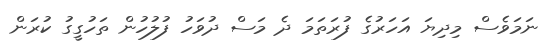
ނަމަވެސް މިދިޔަ އަހަރުގެ ފުރަތަމަ ދެ މަސް ދުވަހު ފުލުހުން ތަހުގީގު ކުރަން